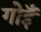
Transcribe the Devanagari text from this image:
गोइँ